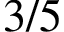
3 / 5